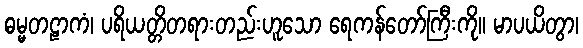
ဓမ္မတဠာကံ၊ ပရိယတ္တိတရားတည်းဟူသော ရေကန်တော်ကြီးကို။ မာပယိတွာ၊